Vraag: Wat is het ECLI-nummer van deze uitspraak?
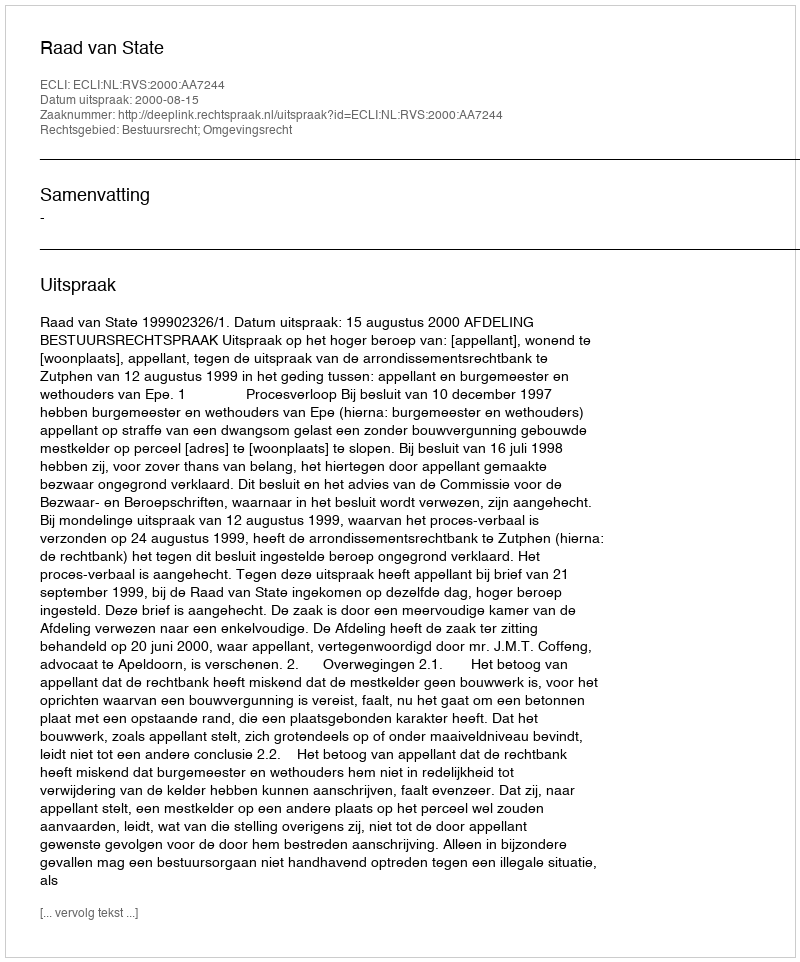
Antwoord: ECLI:NL:RVS:2000:AA7244